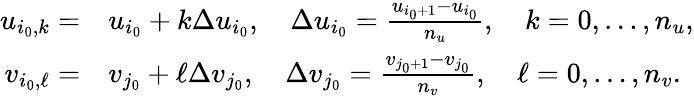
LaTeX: \begin{array}{rl}{u_{i_{0},k}=}&{u_{i_{0}}+k\Delta u_{i_{0}},\quad\Delta u_{i_{0}}=\frac{u_{i_{0}+1}-u_{i_{0}}}{n_{u}},\quad k=0,\ldots,n_{u},}\\ {v_{i_{0},\ell}=}&{v_{j_{0}}+\ell\Delta v_{j_{0}},\quad\Delta v_{j_{0}}=\frac{v_{j_{0}+1}-v_{j_{0}}}{n_{v}},\quad\ell=0,\ldots,n_{v}.}\end{array}